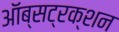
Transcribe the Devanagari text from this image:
ऑब्सट्रक्शन